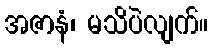
အဇာနံ၊ မသိပဲလျက်။